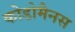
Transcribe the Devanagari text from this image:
कोडोमैनस